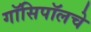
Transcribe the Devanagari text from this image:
गॉसिपॉलचे